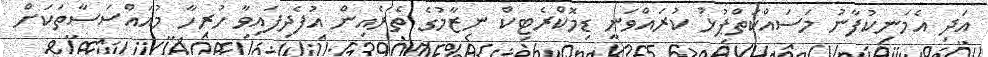
އަދި އެމަނިކުފާނު މަސައްކަތްޕުޅު ކުރައްވަނީ ޑިމޮކްރެޓިކް ނިޒާމުގެ ތެރެއިން އުފެދިފައިވާ ހުރިހާ މުއައްސަސާތަކަށް